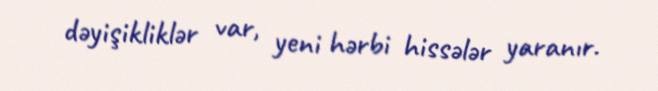
dəyişikliklər var, yeni hərbi hissələr yaranır.